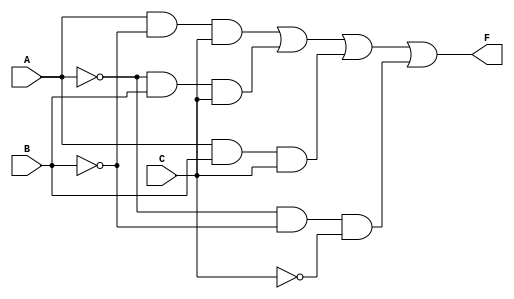
module combinational_logic_block (
    input wire A,      // Input variable A
    input wire B,      // Input variable B
    input wire C,      // Input variable C
    output wire F      // Output of the Boolean function
);
    // Internal wires to capture intermediate signals for prime implicants
    wire P1; // AB'C
    wire P2; // A'BC
    wire P3; // ABC
    wire P4; // A'B'C

    // Define the essential prime implicants according to the given function
    assign P1 = A & ~B & C;  // AB'C
    assign P2 = ~A & B & C;  // A'BC
    assign P3 = A & B & C;   // ABC
    assign P4 = ~A & ~B & ~C; // A'B'C

    // Combine the prime implicants to get the final output
    assign F = P1 | P2 | P3 | P4;  // OR the essential prime implicants

endmodule